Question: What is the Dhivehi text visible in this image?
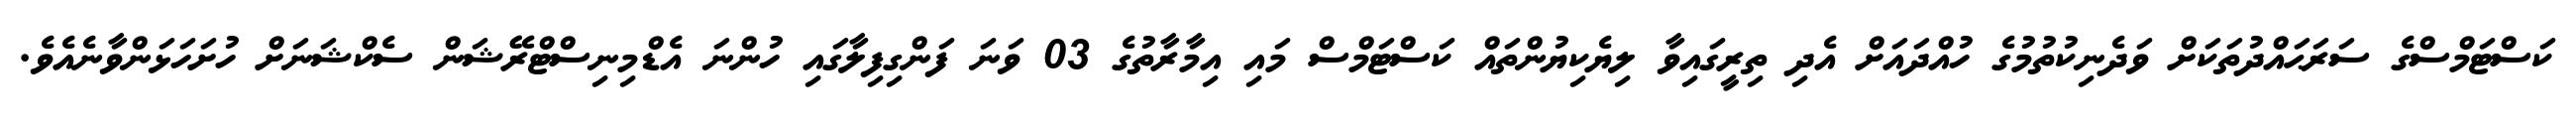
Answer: ކަސްޓަމްސްގެ ސަރަޙައްދުތަކަށް ވަދެނިކުތުމުގެ ހުއްދައަށް އެދި ތިރީގައިވާ ލިޔެކިޔުންތައް ކަސްޓަމްސް މައި އިމާރާތުގެ 03 ވަނަ ފަންގިފިލާގައި ހުންނަ އެޑްމިނިސްޓްރޭޝަން ސެކްޝަނަށް ހުށަހަޅަންވާނެއެވެ.